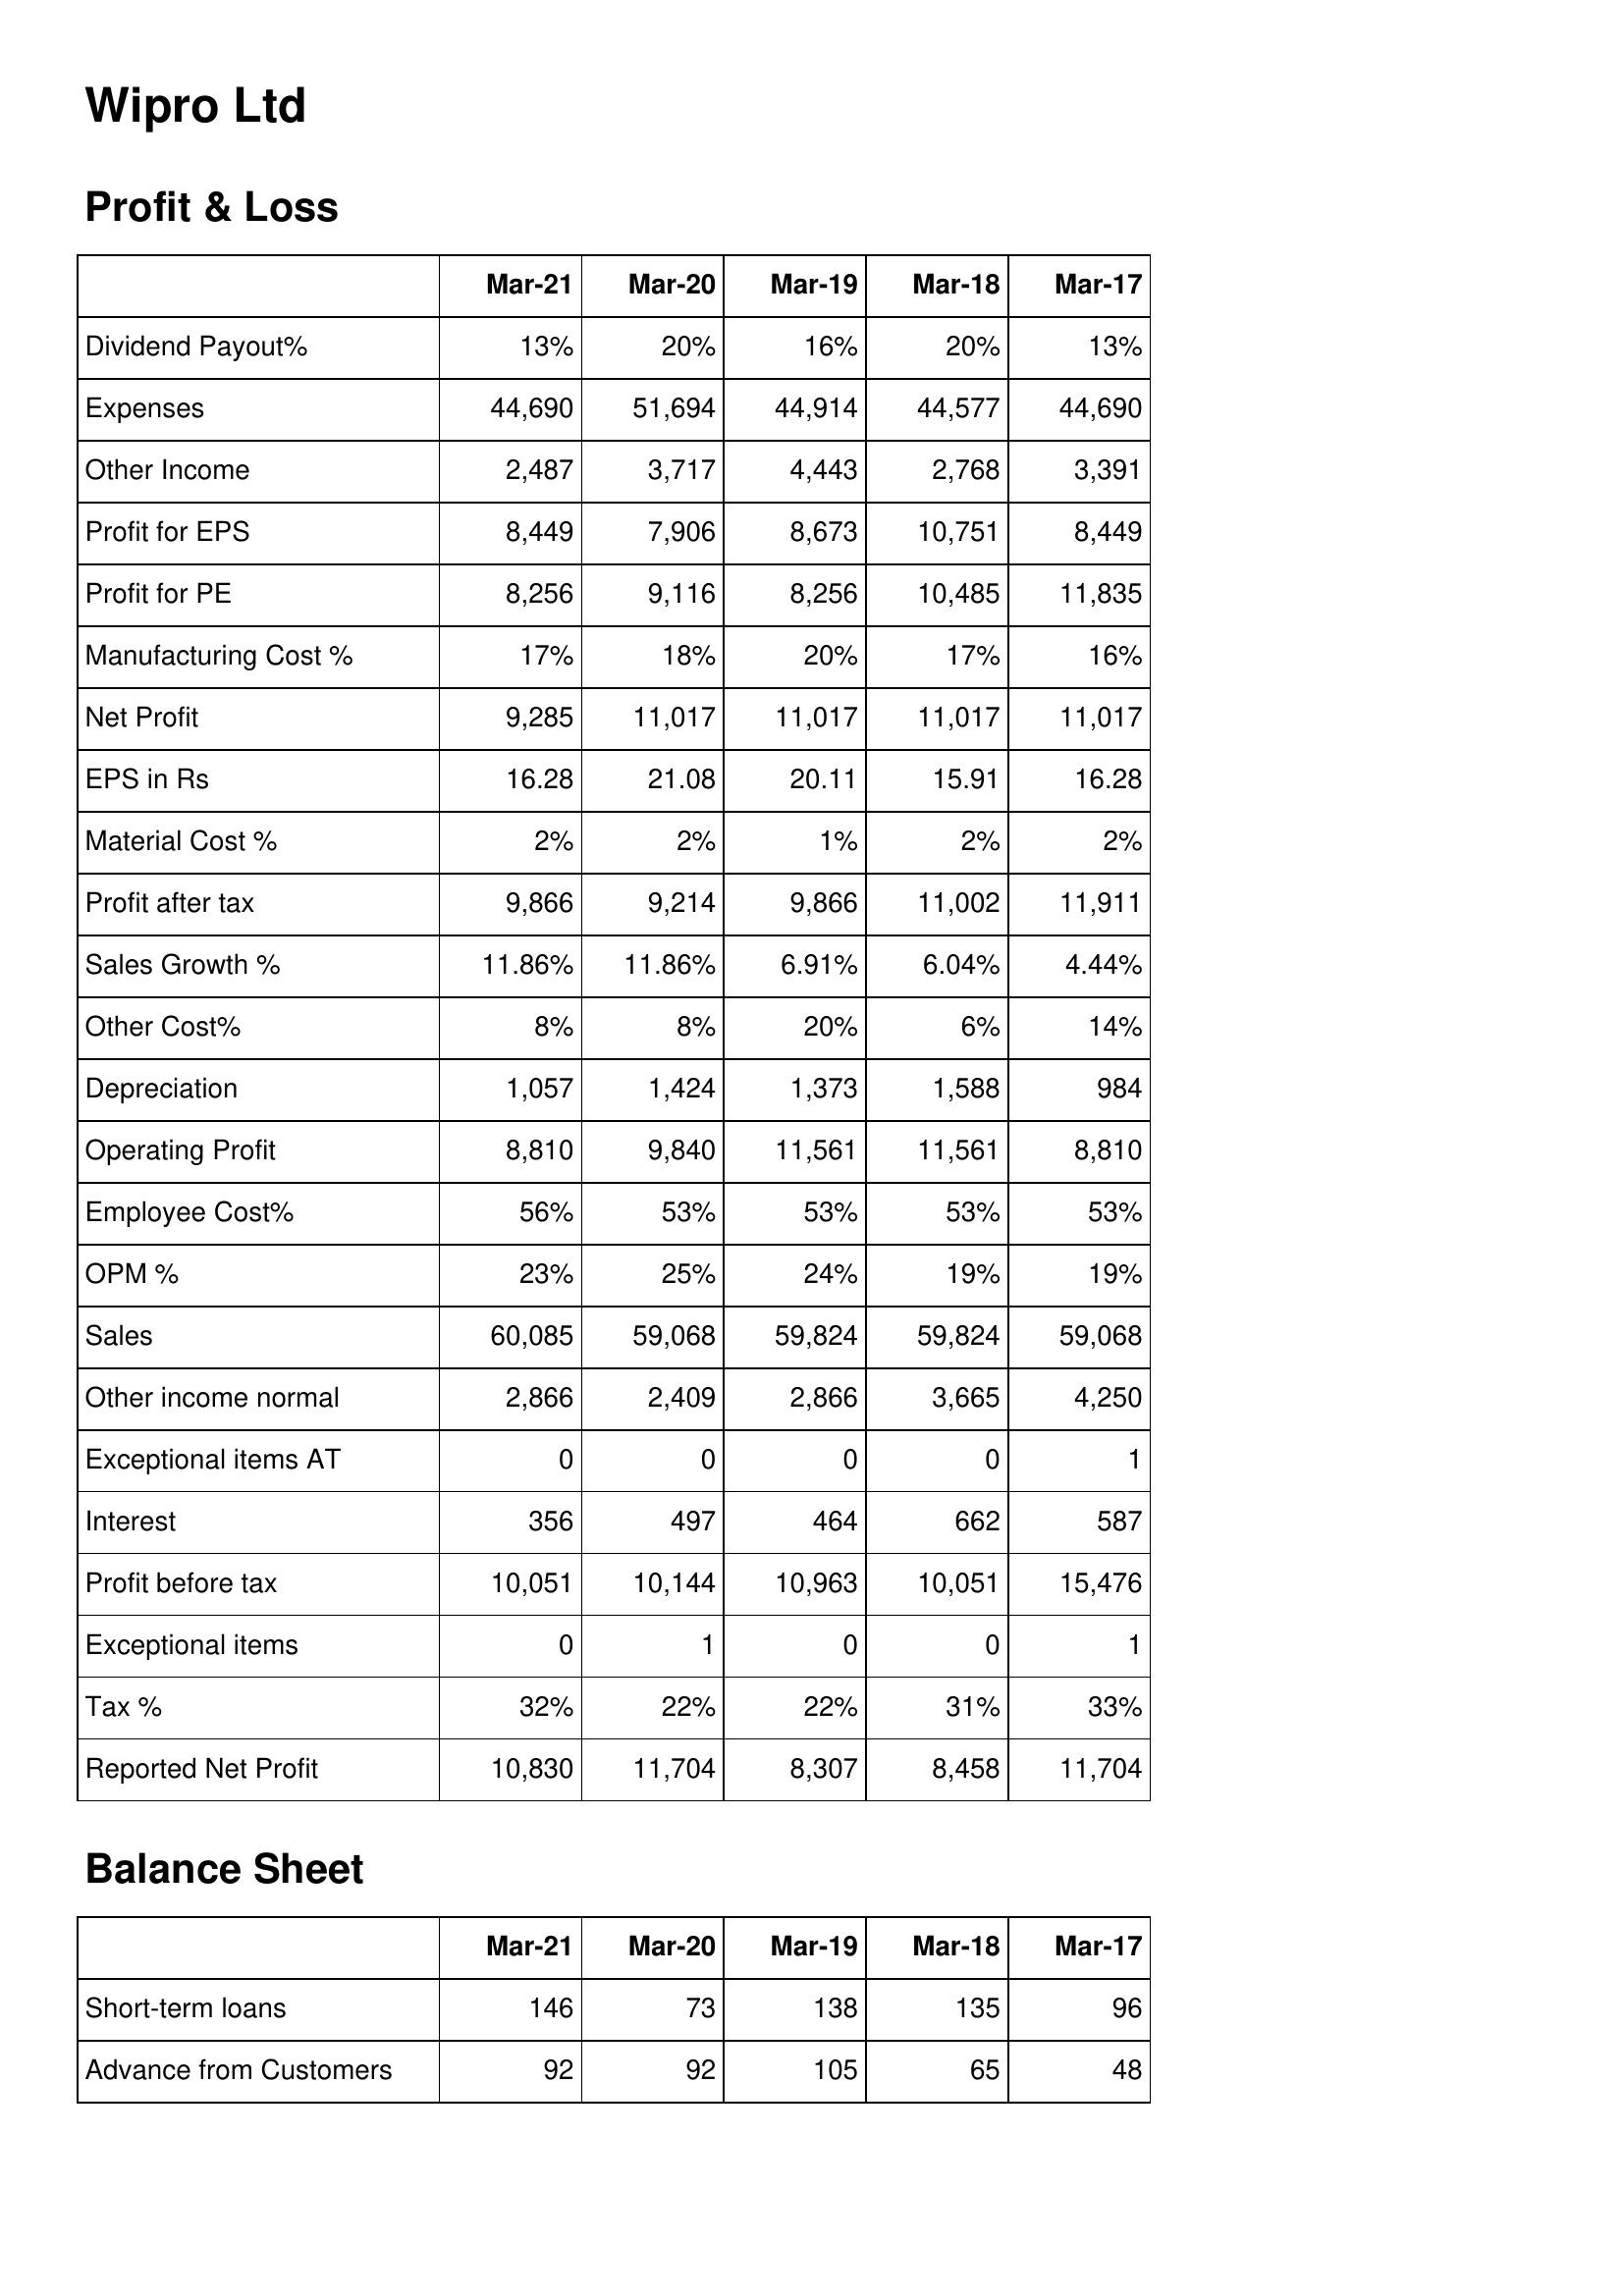
Mar-21: Profit & Loss: Dividend Payout%: 13%
Expenses: 44,690
Other Income: 2,487
Profit for EPS: 8,449
Profit for PE: 8,256
Manufacturing Cost %: 17%
Net Profit: 9,285
EPS in Rs: 16.28
Material Cost %: 2%
Profit after tax: 9,866
Sales Growth %: 11.86%
Other Cost%: 8%
Depreciation: 1,057
Operating Profit: 8,810
Employee Cost%: 56%
OPM %: 23%
Sales: 60,085
Other income normal: 2,866
Exceptional items AT: 0
Interest: 356
Profit before tax: 10,051
Exceptional items: 0
Tax %: 32%
Reported Net Profit: 10,830
Balance Sheet: Short-term loans: 146
Advance from Customers: 92
Mar-20: Profit & Loss: Dividend Payout%: 20%
Expenses: 51,694
Other Income: 3,717
Profit for EPS: 7,906
Profit for PE: 9,116
Manufacturing Cost %: 18%
Net Profit: 11,017
EPS in Rs: 21.08
Material Cost %: 2%
Profit after tax: 9,214
Sales Growth %: 11.86%
Other Cost%: 8%
Depreciation: 1,424
Operating Profit: 9,840
Employee Cost%: 53%
OPM %: 25%
Sales: 59,068
Other income normal: 2,409
Exceptional items AT: 0
Interest: 497
Profit before tax: 10,144
Exceptional items: 1
Tax %: 22%
Reported Net Profit: 11,704
Balance Sheet: Short-term loans: 73
Advance from Customers: 92
Mar-19: Profit & Loss: Dividend Payout%: 16%
Expenses: 44,914
Other Income: 4,443
Profit for EPS: 8,673
Profit for PE: 8,256
Manufacturing Cost %: 20%
Net Profit: 11,017
EPS in Rs: 20.11
Material Cost %: 1%
Profit after tax: 9,866
Sales Growth %: 6.91%
Other Cost%: 20%
Depreciation: 1,373
Operating Profit: 11,561
Employee Cost%: 53%
OPM %: 24%
Sales: 59,824
Other income normal: 2,866
Exceptional items AT: 0
Interest: 464
Profit before tax: 10,963
Exceptional items: 0
Tax %: 22%
Reported Net Profit: 8,307
Balance Sheet: Short-term loans: 138
Advance from Customers: 105
Mar-18: Profit & Loss: Dividend Payout%: 20%
Expenses: 44,577
Other Income: 2,768
Profit for EPS: 10,751
Profit for PE: 10,485
Manufacturing Cost %: 17%
Net Profit: 11,017
EPS in Rs: 15.91
Material Cost %: 2%
Profit after tax: 11,002
Sales Growth %: 6.04%
Other Cost%: 6%
Depreciation: 1,588
Operating Profit: 11,561
Employee Cost%: 53%
OPM %: 19%
Sales: 59,824
Other income normal: 3,665
Exceptional items AT: 0
Interest: 662
Profit before tax: 10,051
Exceptional items: 0
Tax %: 31%
Reported Net Profit: 8,458
Balance Sheet: Short-term loans: 135
Advance from Customers: 65
Mar-17: Profit & Loss: Dividend Payout%: 13%
Expenses: 44,690
Other Income: 3,391
Profit for EPS: 8,449
Profit for PE: 11,835
Manufacturing Cost %: 16%
Net Profit: 11,017
EPS in Rs: 16.28
Material Cost %: 2%
Profit after tax: 11,911
Sales Growth %: 4.44%
Other Cost%: 14%
Depreciation: 984
Operating Profit: 8,810
Employee Cost%: 53%
OPM %: 19%
Sales: 59,068
Other income normal: 4,250
Exceptional items AT: 1
Interest: 587
Profit before tax: 15,476
Exceptional items: 1
Tax %: 33%
Reported Net Profit: 11,704
Balance Sheet: Short-term loans: 96
Advance from Customers: 48